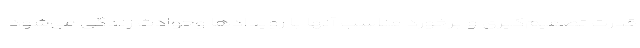
قدرت تصمیم‌گیری و برخورد مناسب آنها با رویدادها وحوادث زندگی می‌شود